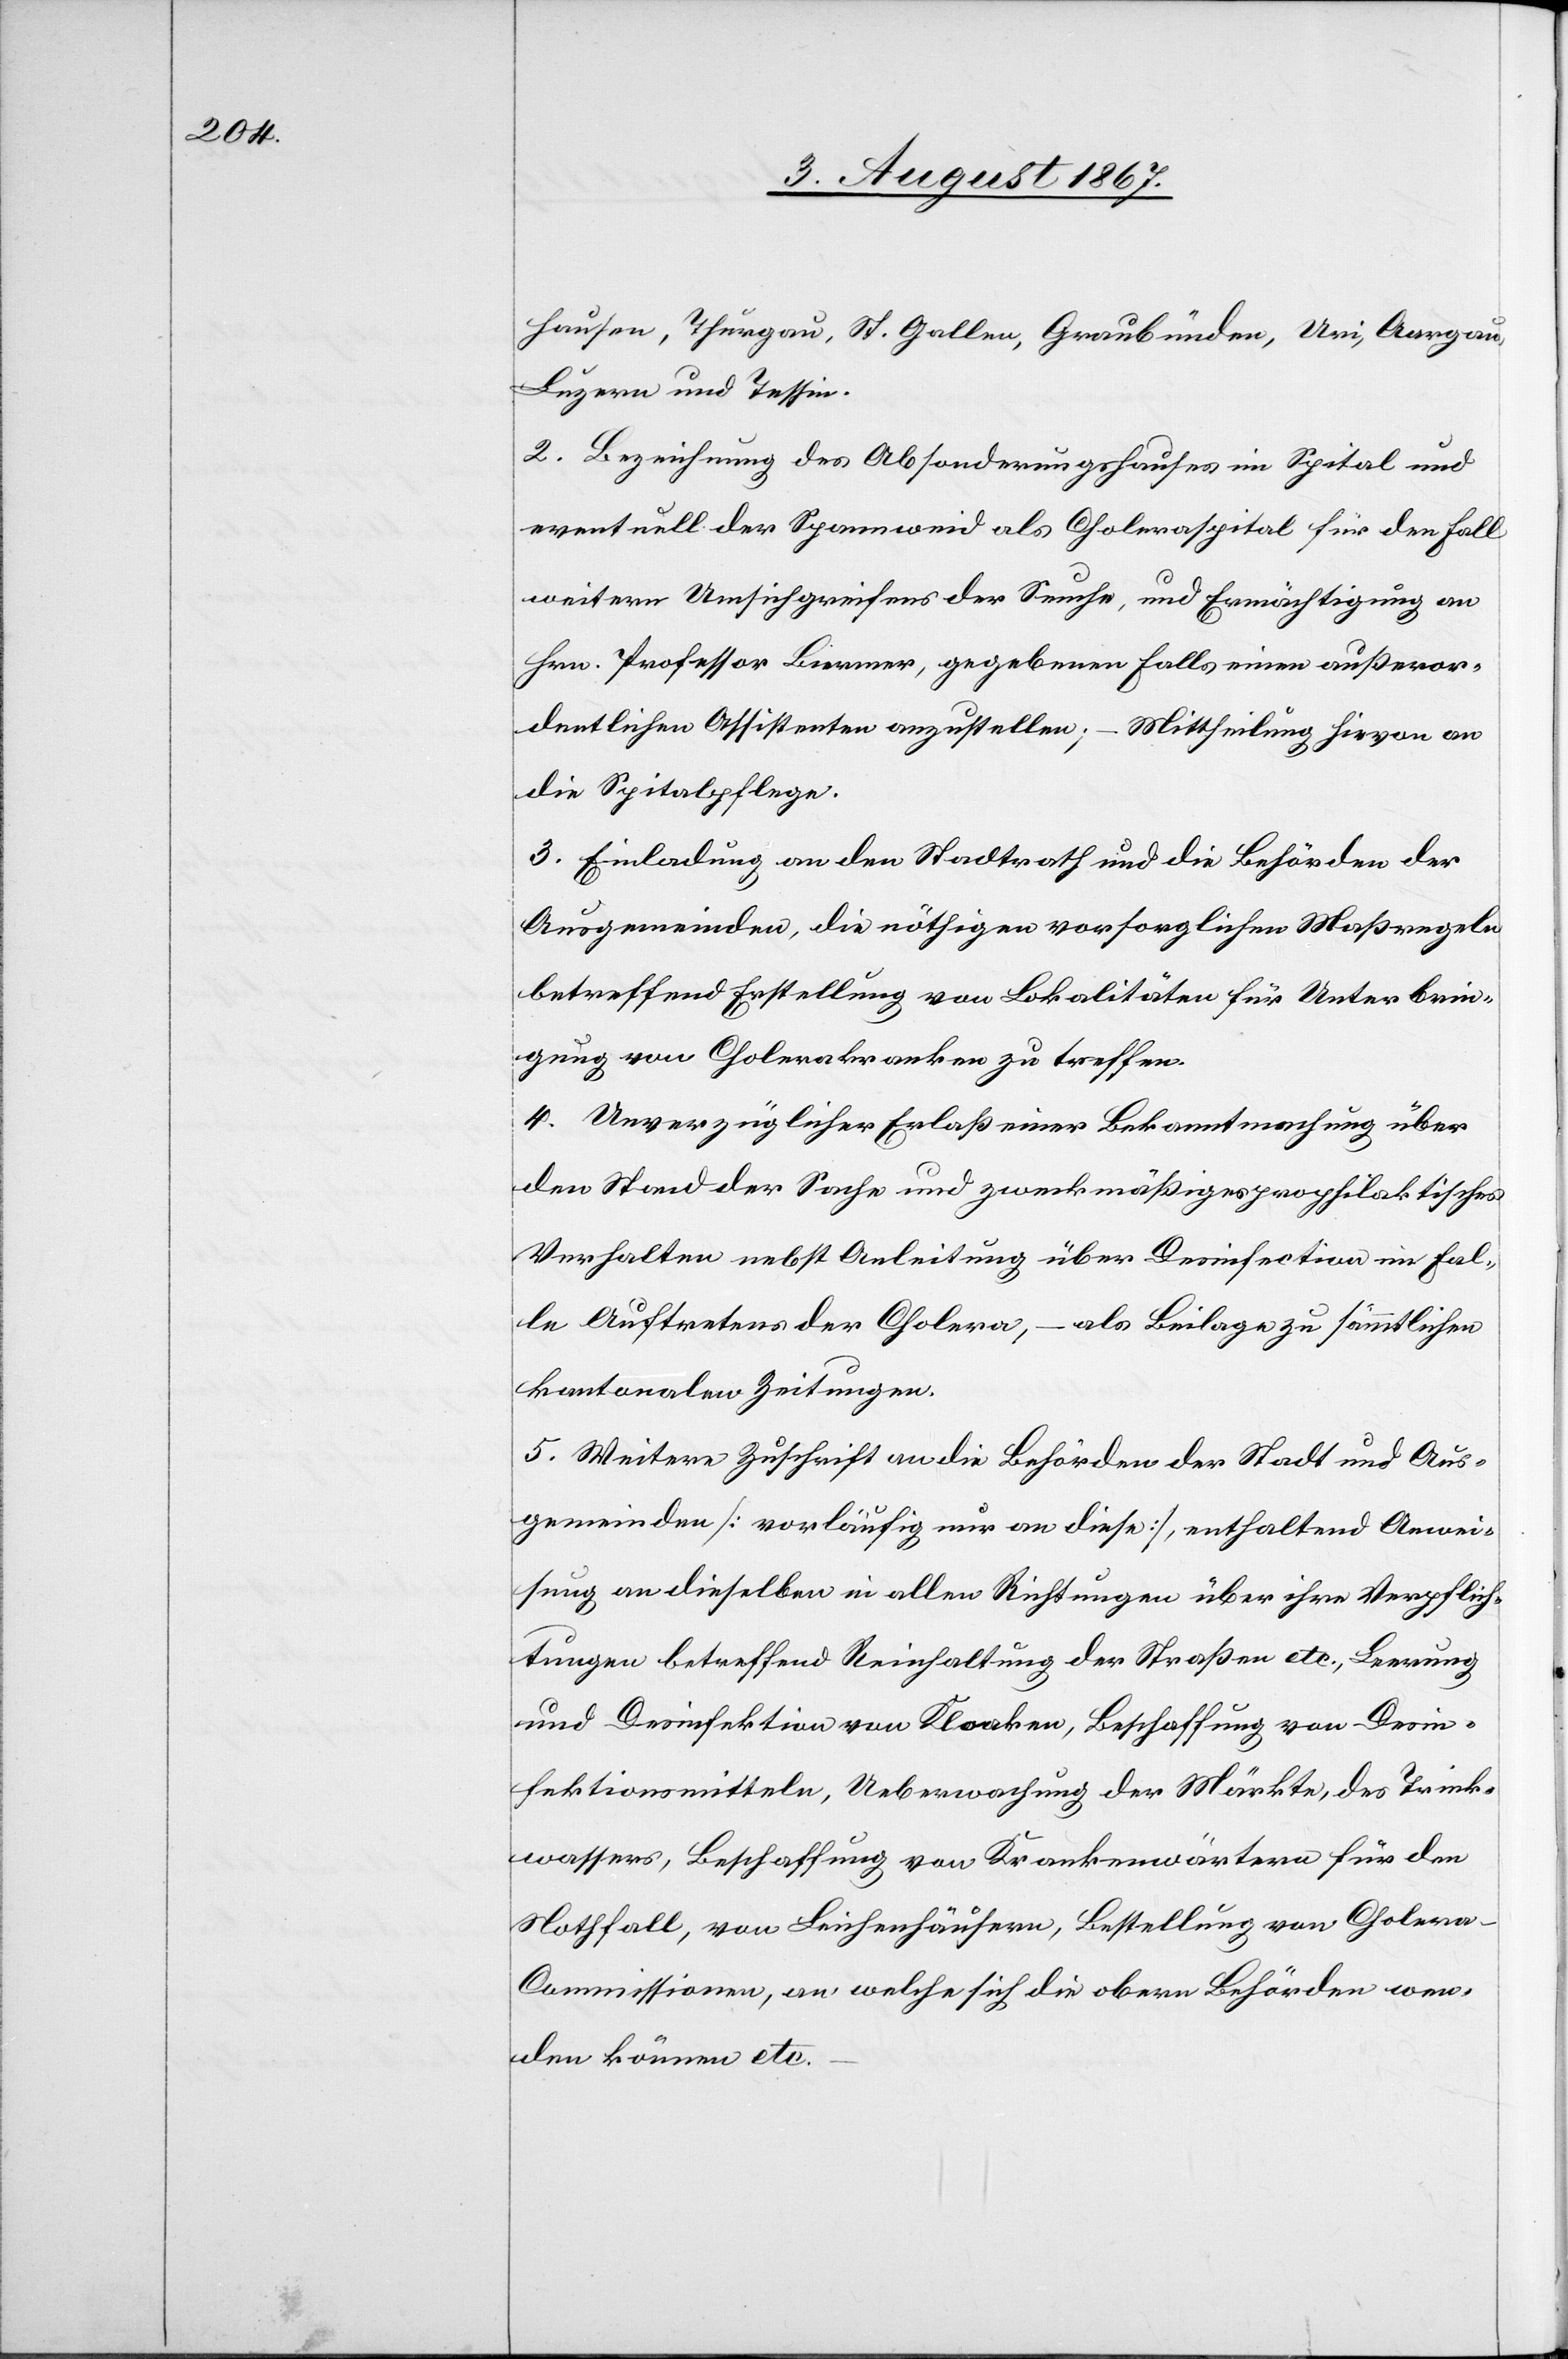
hausen, Thurgau, St. Gallen, Graubünden, Uri, Aargau,
Luzern und Tessin.
2. Bezeichnung des Absonderungshauses im Spital und
eventuell der Spannweid als Choleraspital für den Fall
weiteren Umsichgreifens der Seuche, und Ermächtigung an
Hrn. Professor Biermer, gegebenen Falls einen außeror¬
dentlichen Assistenten anzustellen; – Mittheilung hievon an
die Spitalpflege.
3. Einladung an den Stadtrath und die Behörden der
Ausgemeinden, die nöthigen vorsorglichen Maßregeln
betreffend Erstellung von Lokalitäten für Unterbrin¬
gung von Cholerakranken zu treffen.
4. Unverzüglicher Erlaß einer Bekanntmachung über
den Stand der Sache und zweckmäßiges prophilaktisches
Verhalten nebst Anleitung über Desinfection im Fal¬
le Auftretens der Cholera, – als Beilage zu sämmtlichen
kantonalen Zeitungen.
5. Weitere Zuschrift an die Behörden der Stadt und Aus¬
gemeinden [vorläufig nur an diese], enthaltend Anwei¬
sung an dieselben in allen Richtungen über ihre Verpflich¬
tungen betreffend Reinhaltung der Straßen etc., Leerung
und Desinfektion von Kloaken, Beschaffung von Desin¬
fektionsmitteln, Ueberwachung der Märkte, des Trink¬
wassers, Beschaffung von Krankenwärtern für den
Nothfall, von Leichenhäusern, Bestellung von Choler¬
a-Commissionen, an welche sich die obern Behörden wen¬
den können etc.